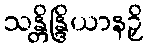
သန္တိန္ဒြိယာနဉှိ